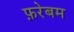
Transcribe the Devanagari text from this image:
फ़रेबम